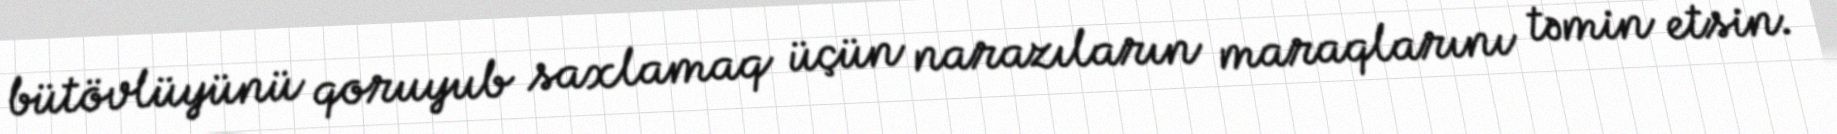
bütövlüyünü qoruyub saxlamaq üçün narazıların maraqlarını təmin etsin.